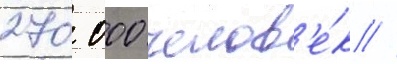
270 000 челов'е́к //